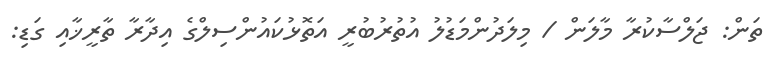
ތަން: ޖަލްސާކުރާ މާލަން / މިލަދުންމަޑުލު އުތުރުބުރީ އަތޮޅުކައުންސިލްގެ އިދާރާ ތާރީޚާއި ގަޑި: